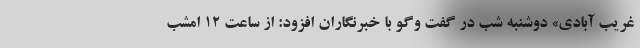
غریب آبادی» دوشنبه شب در گفت وگو با خبرنگاران افزود: از ساعت ١٢ امشب